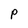
Character: P